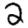
Digit: 2